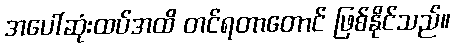
အပေါ်ဆုံးထပ်အထိ တင်ရတာတောင် ဖြစ်နိုင်သည်။